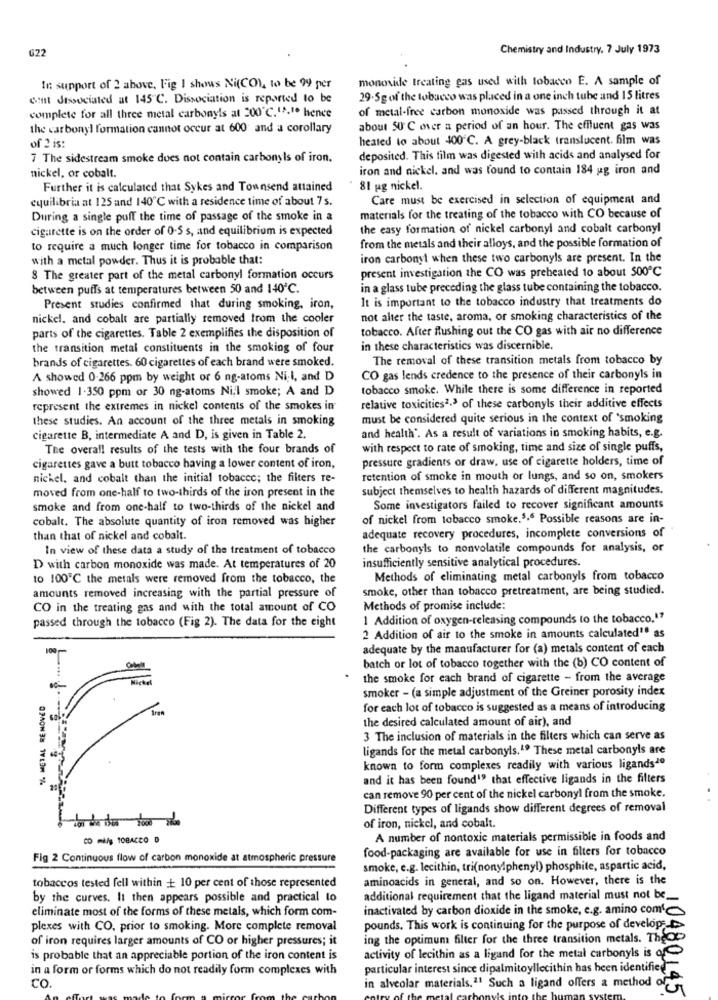
622
Chemistry and Industry. 7 July 1973
monoxide treating gas used with tobacco E. A sample of
In support of 2 above, Fig I shows Ni(CO), to be 99 per
cont Jassociated at 145"℃. Dissociation is reported to be
29.5g of the tobacco was placed in a one inch tube and 15 litres
of metal-free carbon monoxide was passed through it at
complete for all three metal carbonyls at 200℃.13.1. hence
the carbonyl formation cannot occur at 600 and a corollary
about 50 ℃ over a period of an hour. The effluent gas was
heated to about 400℃. A grey-black translucent. film was
of 2 is:
7 The sidestream smoke does not contain carbonyls of iron.
deposited. This film was digested with acids and analysed for
iron and nickel, and was found to contain 184 ug iron and
nickel, or cobalt.
Further it is calculated that Sykes and Townsend attained
81 pag nickel.
equilibria at 125 and 140℃ with a residence time of about 7s.
Care must be exercised in selection of equipment and
During a single puff the time of passage of the smoke in a
materials for the treating of the tobacco with CO because of
cigarette is on the order of 0-5 s, and equilibrium is expected
the easy formation of nickel carbonyl and cobalt carbonyl
from the metals and their alloys, and the possible formation of
to require a much longer time for tobacco in comparison
with a metal powder. Thus it is probable that:
iron carbonyl when these two carbonyls are present. In the
8 The greater part of the metal carbonyl formation occurs
present investigation the CO was preheated to about 500℃
between puffs at temperatures between 50 and 140℃.
in a glass tube preceding the glass tube containing the tobacco.
It is important to the tobacco industry that treatments do
Present studies confirmed that during smoking, iron,
nickel. and cobalt are partially removed from the cooler
not alter the taste, aroma, or smoking characteristics of the
tobacco. After flushing out the CO gas with air no difference
parts of the cigarettes. Table 2 exemplifies the disposition of
the transition metal constituents in the smoking of four
in these characteristics was discernible.
brands of cigarettes. 60 cigarettes of each brand were smoked.
The removal of these transition metals from tobacco by
A showed 0-266 ppm by weight or 6 ng-atoms Ni-l, and D
CO gas lends credence to the presence of their carbonyls in
showed 1.350 ppm or 30 ng-atoms Ni,l smoke; A and D
tobacco smoke. While there is some difference in reported
represent the extremes in nickel contents of the smokes in
relative toxicities2.3 of these carbonyls their additive effects
these studies. An account of the three metals in smoking
must be considered quite serious in the context of 'smoking
cigarette B, intermediate A and D, is given in Table 2.
and health'. As a result of variations in smoking habits, e.g.
The overall results of the tests with the four brands of
with respect to rate of smoking, time and size of single puffs,
pressure gradients or draw, use of cigarette holders, time of
cigarettes gave a butt tobacco having a lower content of iron,
nickel, and cobalt than the initial tobacco; the filters re-
retention of smoke in mouth or lungs, and so on, smokers
moved from one-half to two-thirds of the iron present in the
subject themselves to health hazards of different magnitudes.
smoke and from one-half to two-thirds of the nickel and
Some investigators failed to recover significant amounts
cobalt. The absolute quantity of iron removed was higher
of nickel from tobacco smoke.5.6 Possible reasons are in-
adequate recovery procedures, incomplete conversions of
than that of nickel and cobalt.
In view of these data a study of the treatment of tobacco
the carbonyls to nonvolatile compounds for analysis, or
insufficiently sensitive analytical procedures.
D with carbon monoxide was made. At temperatures of 20
to 100℃ the metals were removed from the tobacco, the
Methods of eliminating metal carbonyls from tobacco
amounts removed increasing with the partial pressure of
smoke, other than tobacco pretreatment, are being studied.
CO in the treating gas and with the total amount of CO
Methods of promise include:
passed through the tobacco (Fig 2). The data for the eight
1 Addition of oxygen-releasing compounds to the tobacco."?
2 Addition of air to the smoke in amounts calculated" as
100
adequate by the manufacturer for (a) metals content of each
batch or lot of tobacco together with the (b) CO content of
the smoke for each brand of cigarette - from the average
smoker - (a simple adjustment of the Greiner porosity index
% METAL REMOVED
for each lot of tobacco is suggested as a means of introducing
the desired calculated amount of air), and
3 The inclusion of materials in the filters which can serve as
ligands for the metal carbonyls.19 These metal carbonyls are
known to form complexes readily with various ligands20
and it has been found" that effective ligands in the filters
can remove 90 per cent of the nickel carbonyl from the smoke.
Different types of ligands show different degrees of removal
of iron, nickel, and cobalt.
CO mi/g TOBACCO 0
A number of nontoxic materials permissible in foods and
food-packaging are available for use in filters for tobacco
Fig 2 Continuous flow of carbon monoxide at atmospheric pressure
smoke, e.g. lecithin, tri(nonylphenyl) phosphite, aspartic acid,
tobaccos tested fell within + 10 per cent of those represented
aminoacids in general, and so on. However, there is the
by the curves. It then appears possible and practical to
additional requirement that the ligand material must not be __
eliminate most of the forms of these metals, which form com-
inactivated by carbon dioxide in the smoke, e.g. amino como
plexes with CO, prior to smoking. More complete removal
pounds. This work is continuing for the purpose of develop-
of iron requires larger amounts of CO or higher pressures; it
ing the optimum filter for the three transition metals. Thede
is probable that an appreciable portion of the iron content is
activity of lecithin as a ligand for the metal carbonyls is of
in a form or forms which do not readily form complexes with
particular interest since dipalmitoyllecithin has been identified
co.
in alveolar materials.11 Such a ligand offers a method of
10480145